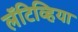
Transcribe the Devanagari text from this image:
लॅटिव्हिया